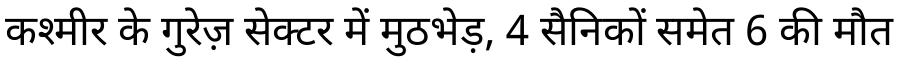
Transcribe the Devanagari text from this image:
कश्मीर के गुरेज़ सेक्टर में मुठभेड़, 4 सैनिकों समेत 6 की मौत